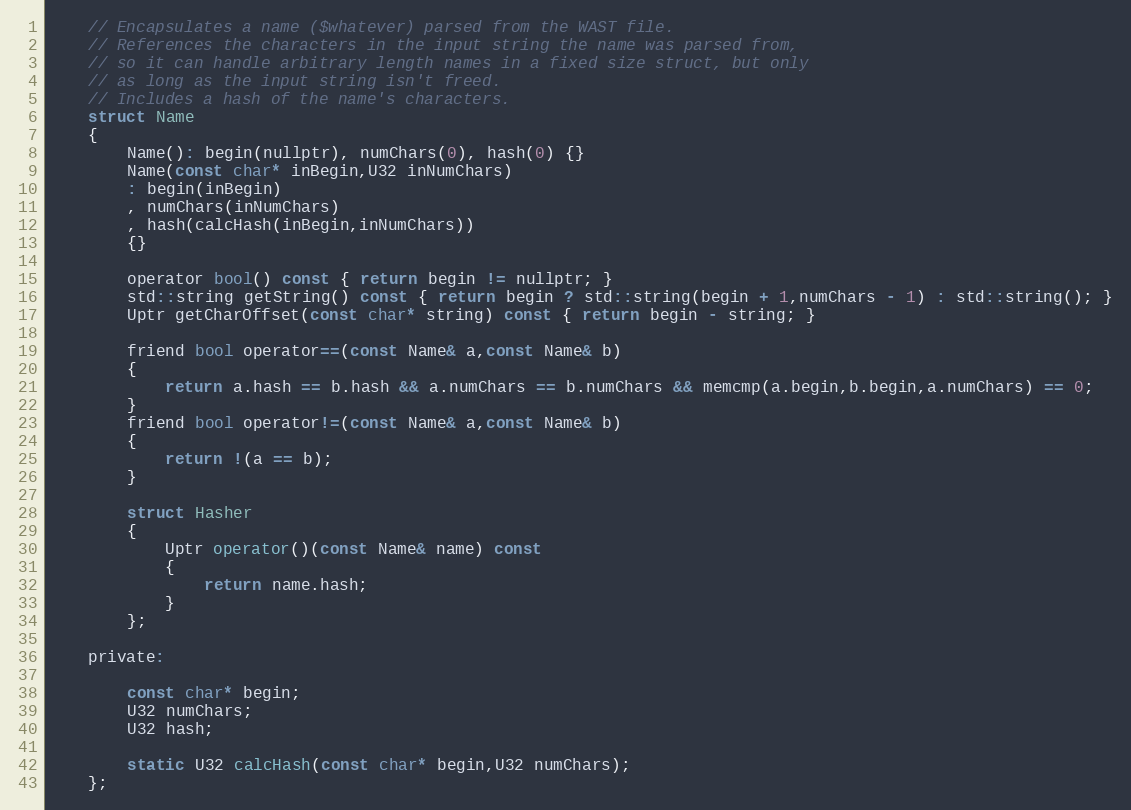
Language: C
	// Encapsulates a name ($whatever) parsed from the WAST file.
	// References the characters in the input string the name was parsed from,
	// so it can handle arbitrary length names in a fixed size struct, but only
	// as long as the input string isn't freed.
	// Includes a hash of the name's characters.
	struct Name
	{
		Name(): begin(nullptr), numChars(0), hash(0) {}
		Name(const char* inBegin,U32 inNumChars)
		: begin(inBegin)
		, numChars(inNumChars)
		, hash(calcHash(inBegin,inNumChars))
		{}

		operator bool() const { return begin != nullptr; }
		std::string getString() const { return begin ? std::string(begin + 1,numChars - 1) : std::string(); }
		Uptr getCharOffset(const char* string) const { return begin - string; }

		friend bool operator==(const Name& a,const Name& b)
		{
			return a.hash == b.hash && a.numChars == b.numChars && memcmp(a.begin,b.begin,a.numChars) == 0;
		}
		friend bool operator!=(const Name& a,const Name& b)
		{
			return !(a == b);
		}

		struct Hasher
		{
			Uptr operator()(const Name& name) const
			{
				return name.hash;
			}
		};

	private:

		const char* begin;
		U32 numChars;
		U32 hash;

		static U32 calcHash(const char* begin,U32 numChars);
	};